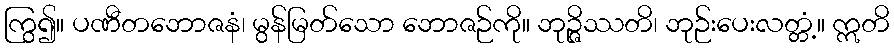
ကြွ၍။ ပဏီတဘောဇနံ၊ မွန်မြတ်သော ဘောဇဉ်ကို။ ဘုဉ္ဇိဿတိ၊ ဘုဉ်းပေးလတ္တံ့။ ဣတိ